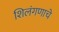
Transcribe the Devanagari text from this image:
शिलंगणाचे